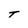
Character: t